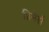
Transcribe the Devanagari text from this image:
प्रिमेर्स